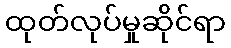
ထုတ်လုပ်မှုဆိုင်ရာ